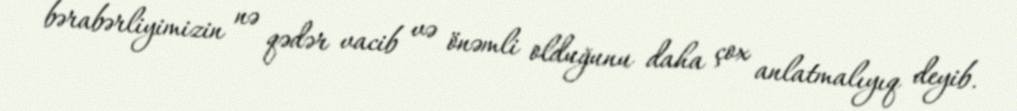
bərabərliyimizin nə qədər vacib və önəmli olduğunu daha çox anlatmalıyıq deyib.